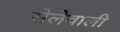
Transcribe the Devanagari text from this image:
सेलेवाली